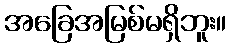
အခြေအမြစ်မရှိဘူး။